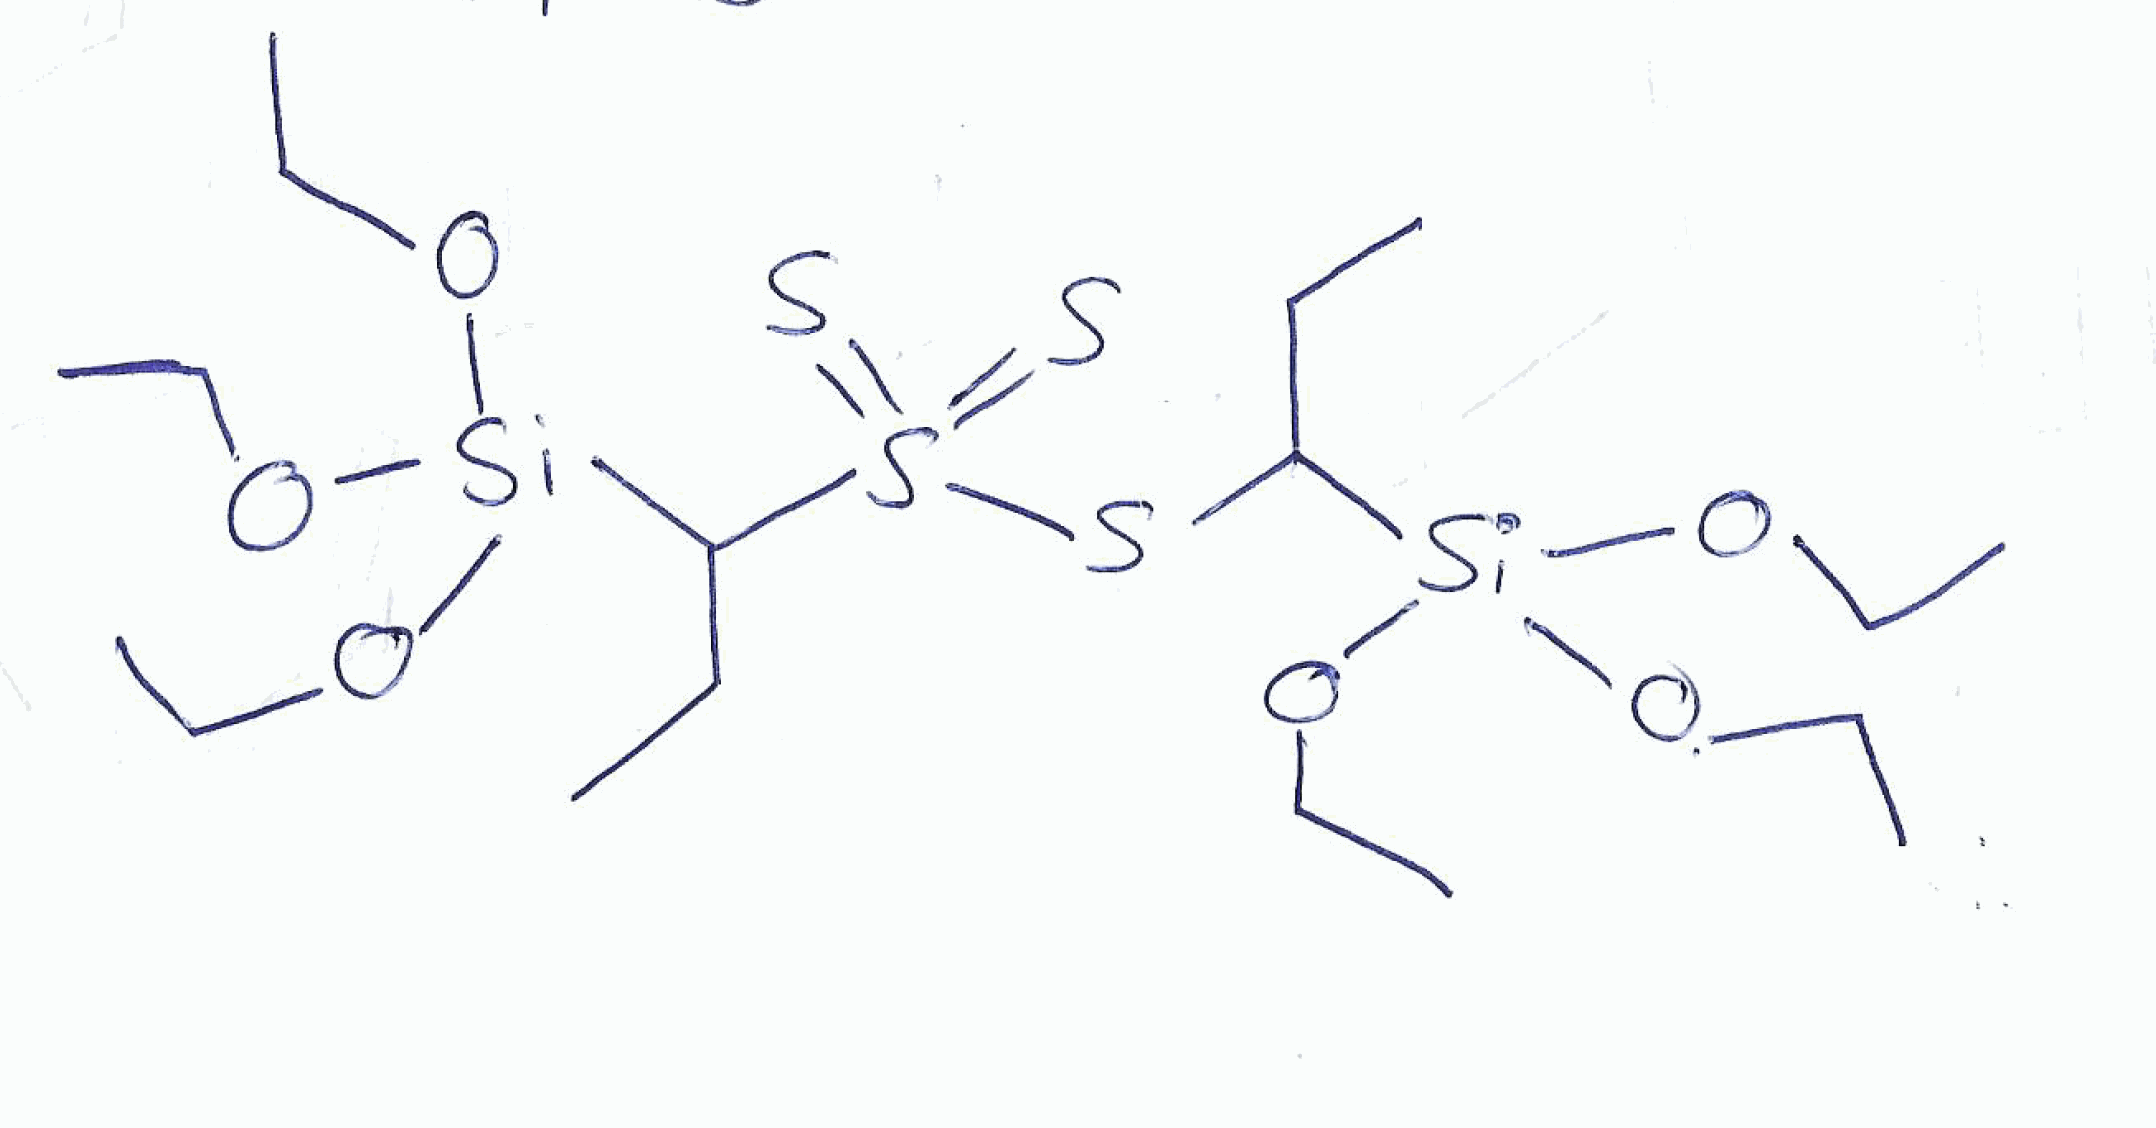
Simplified molecular-input line-entry system (SMILES) notation of the given molecule:
CCC([Si](OCC)(OCC)OCC)SS(=S)(=S)C(CC)[Si](OCC)(OCC)OCC